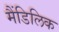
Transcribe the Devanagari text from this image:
मैंडिलिक